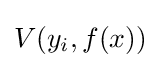
V(y_{i},f(x))